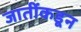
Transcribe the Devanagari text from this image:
जातींकडून